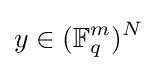
y\in (\mathbb {F} _{q}^{m})^{N}